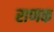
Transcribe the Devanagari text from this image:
राणक